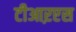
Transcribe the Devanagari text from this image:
टीआऱएस